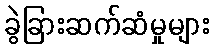
ခွဲခြားဆက်ဆံမှုများ